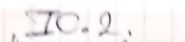
I.C.2.